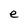
Character: e